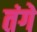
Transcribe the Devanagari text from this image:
तंगे